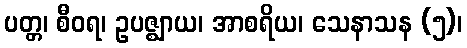
ပတ္တ၊ စီဝရ၊ ဥပဇ္ဈာယ၊ အာစရိယ၊ သေနာသန (၅)၊